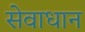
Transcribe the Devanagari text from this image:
सेवाधान